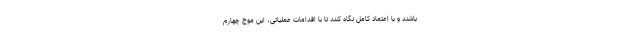
باشند و با اعتماد کامل نگاه کنند تا با اقدامات عملیاتی، این موج چهارم